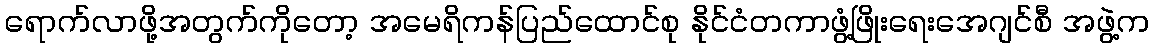
ရောက်လာဖို့အတွက်ကိုတော့ အမေရိကန်ပြည်ထောင်စု နိုင်ငံတကာဖွံ့ဖြိုးရေးအေဂျင်စီ အဖွဲ့က